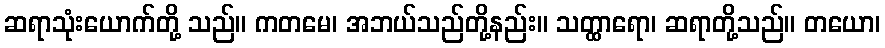
ဆရာသုံးယောက်တို့ သည်။ ကတမေ၊ အဘယ်သည်တို့နည်း။ သတ္ထာရော၊ ဆရာတို့သည်။ တယော၊